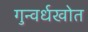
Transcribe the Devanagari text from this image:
गुन्वर्धखोत